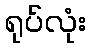
ရုပ်လုံး